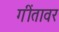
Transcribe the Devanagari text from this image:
गींतावर